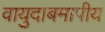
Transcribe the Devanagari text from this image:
वायुदाबमापीय